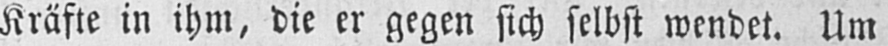
Kräfte in ihm, die er gegen sich selbst wendet. Um